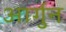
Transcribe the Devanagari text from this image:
आर्गुन